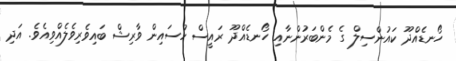
ހޯނޑެއްދޫ ކައުންސިލް ގެ މެންބަރުންނާއި ހޯނޑެއްދޫ ރައީސް ހުސައިން ވާރިޝް ބައިވެރިވެލެއްވިއެވެ. އަދި